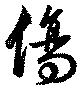
傷